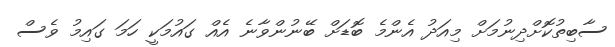
ސާބިތުކޮށްދިނުމަށް މިއަދު އެންމެ ބޮޑަށް ބޭނުންވާނެ އެއް ގައުމަކީ ހަމަ ގައިމު ވެސް